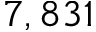
7 , 8 3 1